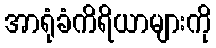
အာရုံခံကိရိယာများကို